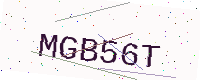
Text: MGB56T